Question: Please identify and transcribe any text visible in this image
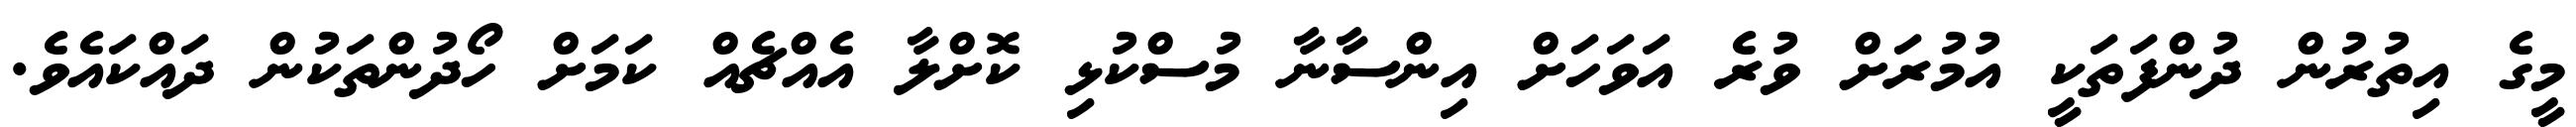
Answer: މީގެ އިތުރުން ދުންފަތަކީ އުމުރަށް ވުރެ އަވަހަށް އިންސާނާ މުސްކުޅި ކޮށްލާ އެއްޗެއް ކަމަށް ހޯދުންތަކުން ދައްކައެވެ.